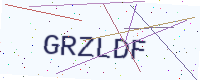
Text: GRZLDF